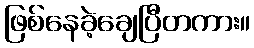
ဖြစ်နေခဲ့ချေပြီတကား။